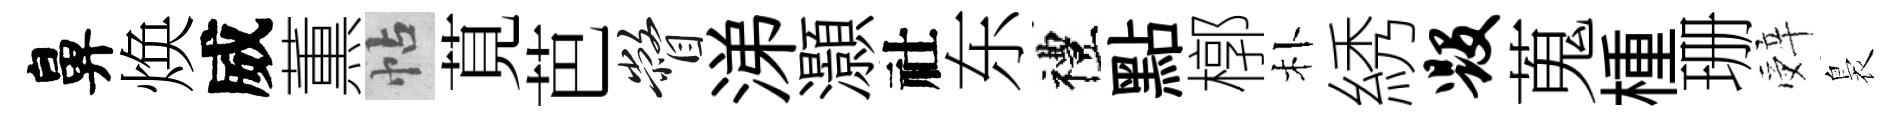
鼻焕威薫帖莧芭瞥涕灝社东禮點槨朴綉毁蒐㮔珊辤裊